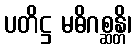
ပတိဋ္ဌ မဓိဂစ္ဆန္တိ၊